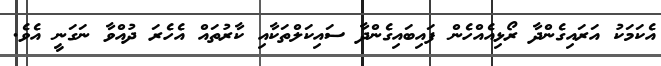
އެކަމަކު އަރައިގެންދާ ރޯޅިއެއްހެން ފައިބައިގެންދާ ސައިކަލްތަކާއި ކާރުތައް އެހެރަ ދުއްވާ ނަގަނީ އެވެ.